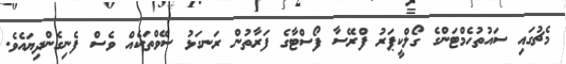
މެޗުގައި ސައުތުހެމްޓަންގެ ގޯލްކީޕަރު ފްރޭސާ ފޯސްޓާގެ ފަރާތުން ރަނގަޅު ސޭވްތަކެއް ވެސް ފެނިގެންދިޔައެވެ.